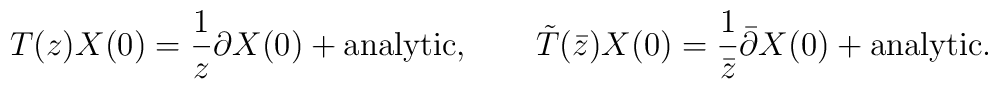
T(z) X(0) = \frac{1}{z} \partial X(0) + {\rm analytic}, \qquad\tilde T(\bar z) X(0) = \frac{1}{\bar z} \bar\partial X(0) + {\rm analytic} .